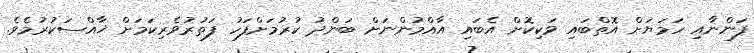
ފަންނާއި ހަމަޔަށް އޮތްބައި ވަކިކޮށް އެބައި އާއްމުންނަށް ބަންދު ކުރުމަށްފަހު ފަތުރުވެރިކަމަށް ޚާއްސަކުރުމެވެ.